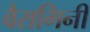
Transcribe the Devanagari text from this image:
वैरागिनी